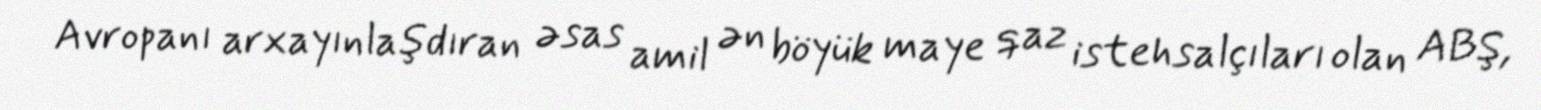
Avropanı arxayınlaşdıran əsas amil ən böyük maye qaz istehsalçıları olan ABŞ,